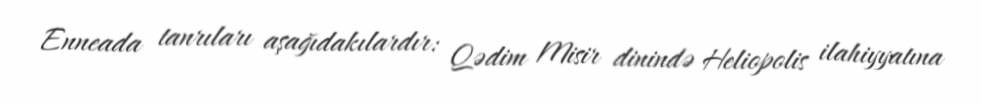
Enneada tanrıları aşağıdakılardır: Qədim Misir dinində Heliopolis ilahiyyatına